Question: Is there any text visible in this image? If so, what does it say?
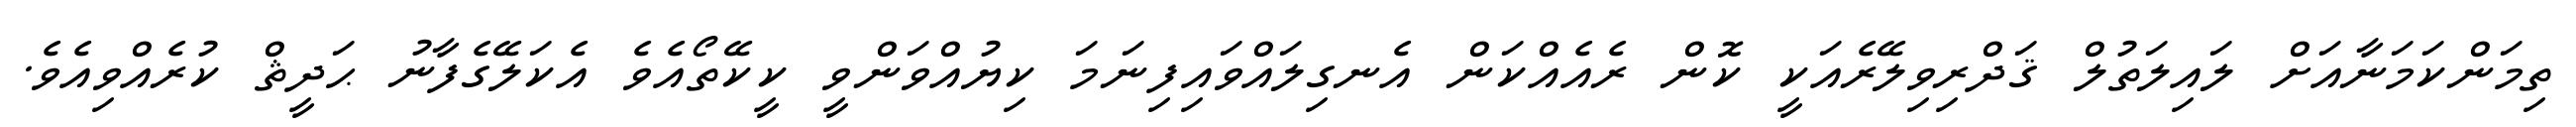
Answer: ތިމަންކަމަނާއަށް ލައިލަތުލް ޤަދްރިވިލޭރެއަކީ ކޮން ރެއެއްކަން އެނގިލައްވައިފިނަމަ ކިޔުއްވަންވީ ކީކޭތޯއެވެ އެކަލޭގެފާނު ޙަދީޘް ކުރެއްވިއެވެ.